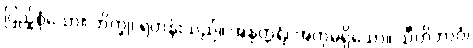
ပြည့်စုံသော။ ဘိက္ခု၊ ရဟန်းသည်။ အနုတ္တရံ၊ အတုမရှိသော။ သီတိဘာဝံ၊